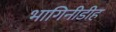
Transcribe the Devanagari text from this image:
भागिनीडीह